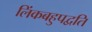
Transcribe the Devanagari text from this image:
लिंकबहुपद्वति